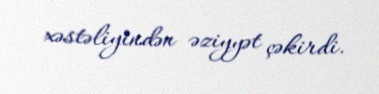
xəstəliyindən əziyyət çəkirdi.